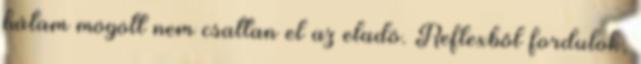
hátam mögött nem csattan el az eladó. Reflexből fordulok,